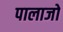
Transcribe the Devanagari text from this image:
पालाजो